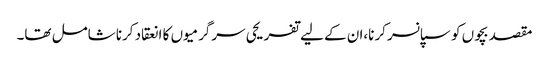
مقصد بچوں کو سپانسر کرنا،ان کے لیے تفریحی سرگرمیوں کا انعقاد کرنا شامل تھا۔